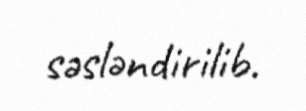
səsləndirilib.